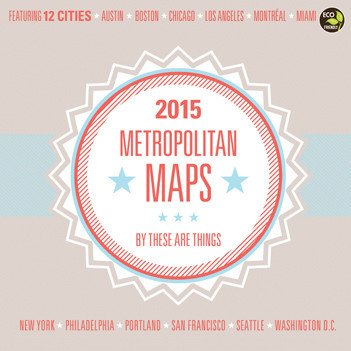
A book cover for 2015 Metropolitan Maps Wall Calendar TF Publishing {jg}; Calendars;